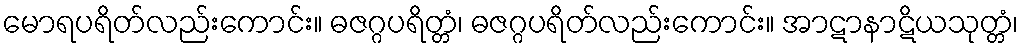
မောရပရိတ်လည်းကောင်း။ ဓဇဂ္ဂပရိတ္တံ၊ ဓဇဂ္ဂပရိတ်လည်းကောင်း။ အာဋာနာဋိယသုတ္တံ၊